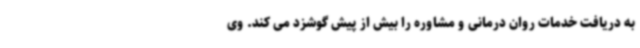
به دریافت خدمات روان درمانی و مشاوره را بیش از پیش گوشزد می کند. وی